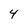
Character: 4